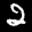
Label: 2